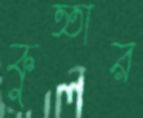
কুত্তার